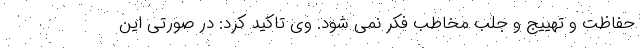
حفاظت و تهییج و جلب مخاطب فکر نمی شود. وی تاکید کرد: در صورتی این